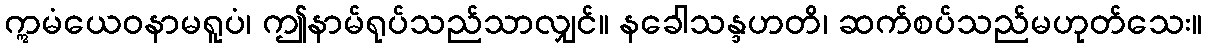
ဣမံယေဝနာမရူပံ၊ ဤနာမ်ရုပ်သည်သာလျှင်။ နခေါသန္ဒဟတိ၊ ဆက်စပ်သည်မဟုတ်သေး။